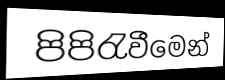
පිපිරැවීමෙන්